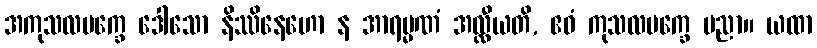
အကုသလပက္ခေ ဒေါသော နိဿိနေဟော န အာရမ္မဏံ အလ္လီယတိ, ဧဝံ ကုသလပက္ခေ ပညာ။ ယထာ